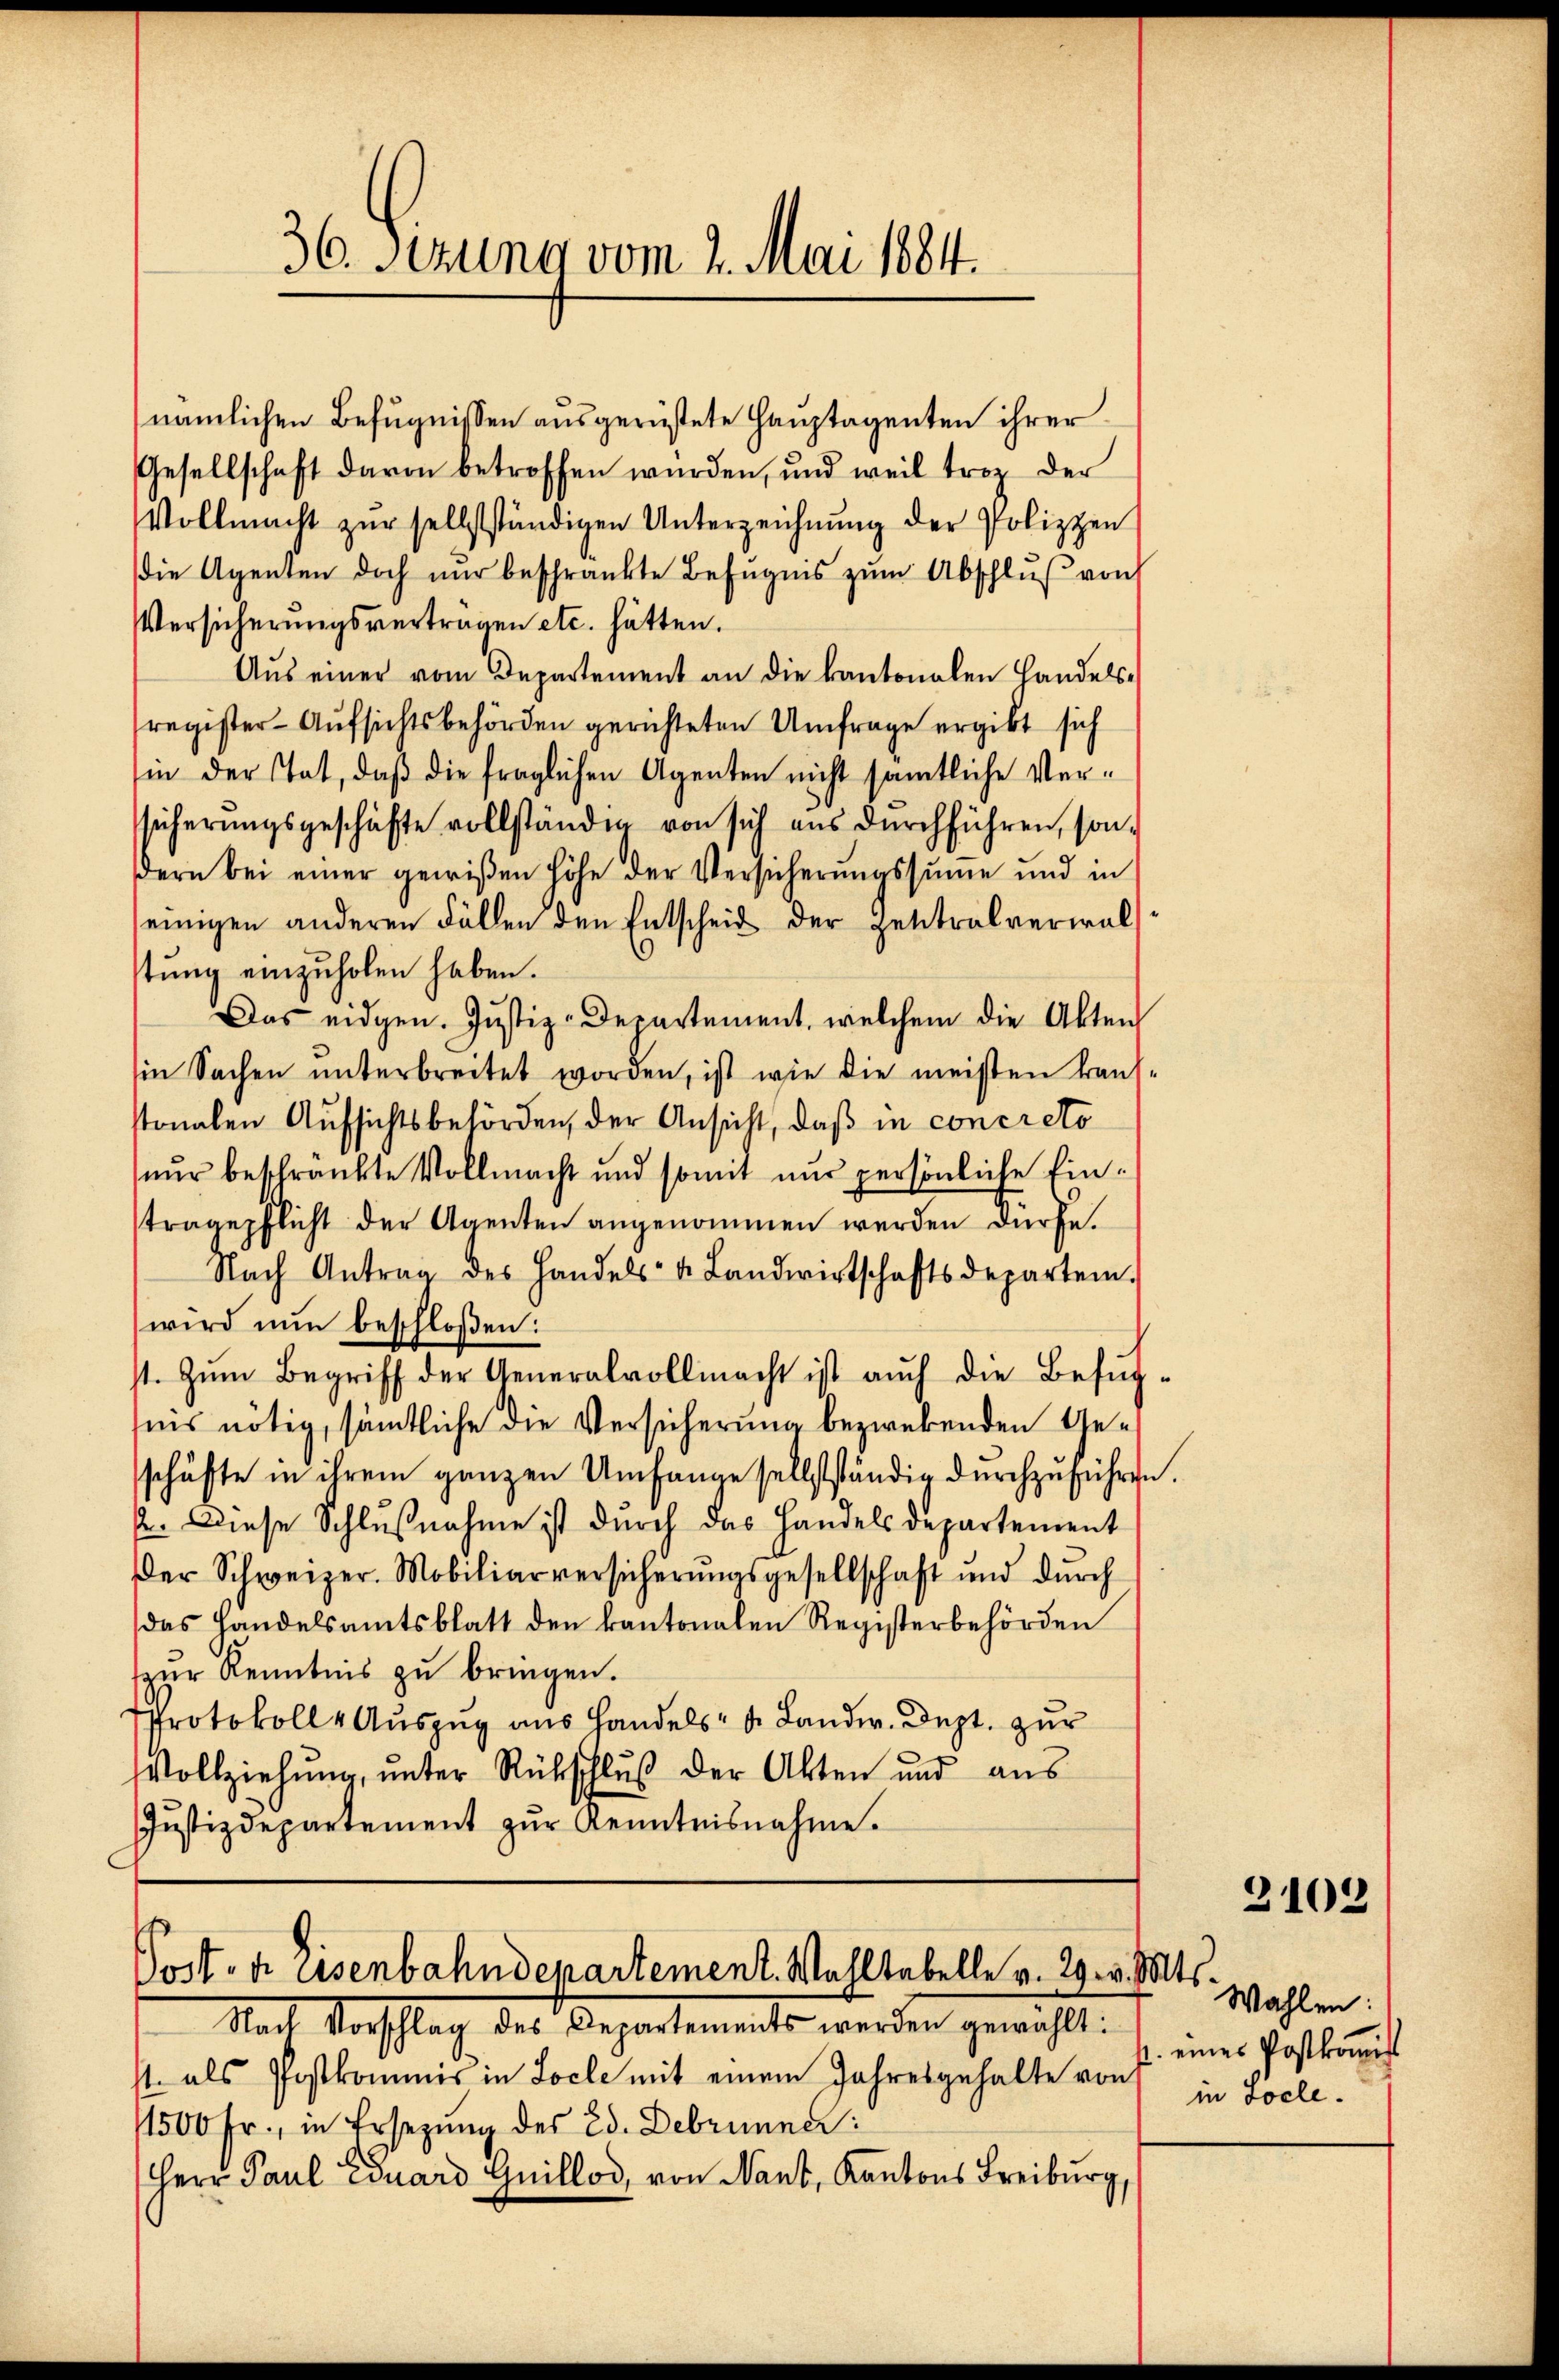
36 Sezung vom 2. Mai 1884.

nämlichen Befugnissen ausgerüstete Hauptagenten ihrer
Gesellschaft davon betroffen wurden, und weil trop der
Vollmacht zŭr selbstständigen Unterzeichnŭng der Polizzen
die Agenten doch nŭr beschränkte Befugnis zŭm Abschlŭβ von
Versicherungsvertragen etc. hätten.
Aus einer vom Departement an die kantonalen Handelsregister-Aufsichtsbehörden gerichteten Umfrage ergibt sich
in der Tat, daß die fraglichen Agenten nicht sämtliche Versicherŭngsgeschäfte vollständen von sich aus dŭrchführen, son-
dern bei einer gewißen höhe der Versicherungssume und in
einigen anderen Fällen den Entscheid der Zentralverwal
stung einzuholen haben.
Das eidgen. Justiz-Departement, welchem die Akten
in Sachen ŭnterbreitet worden, ist wie die meisten kant.
stonalen Aufsichtsbehörden, der Ansicht, daß in concreto
nur beschränkte Vollmacht und somit nur persönliche Eintragepflicht der Agenten angenommen werden dürfe.
Nach Antrag des Handels- u. Landwirtschaftsdeparten.
wird nun beschloßen:
st. Zum Begriff der Generalvollmacht ist auch die Befug-
nis nötig, sämtliche die Versicherung bezwekenden Geschäfte in ihrem ganzen Umfange selbstständig dŭrchzŭführen.
2. Diese Schlŭβnahme ist durch das Handelsdepartement
Der Schweizer. Mobiliarversicherŭngsgesellschaft und dŭrch
das Handelsamtsblatt den kantonalen Registerbehörden
zur Kenntnis zu bringen.
Protokolle Auszug aus Handels- u. Landw. Dept. zur
Vollziehŭng ŭnter Rückschlŭβ der Akten und aŭs
Jŭstizdepartement zŭr Kenntnisnahme.

Post- u. Eisenbahndepartement. Wohltabelle v. 29. v. Mt
Nach Vorschlag des Departements werden gewählt:

st. als Postkommis in Locle mit einem Jahresgehalte von
1500 Fr., in Ersezung des Ed. Debrunner
Herr Paul Eduard Guillod, von Nant, Kantons Freiburg,

Wahlen:
2. eines Postkoṁis
in docle.

2103